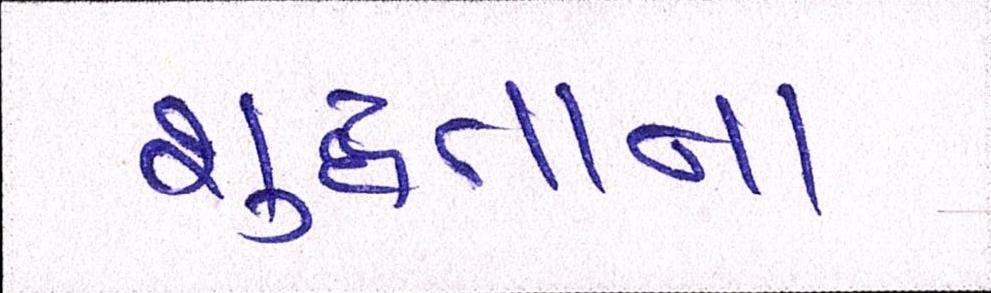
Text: શુદ્ધતાના